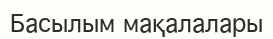
Басылым мақалалары